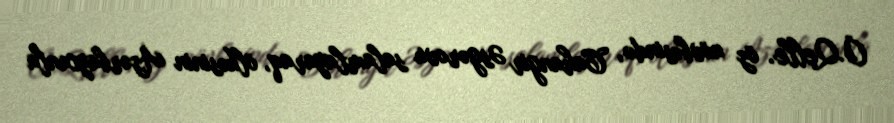
Ö.Qelle, öz növbəsində, Cahangir Əsgərovu salamlayaraq, ölkəsinin Azərbaycanla